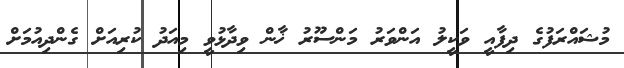
މުޝައްރަފުގެ ދިފާއީ ވަކީލު އަންވަރު މަންސޫރު ޚާން ވިދާޅުވީ މިއަދު ކުރިއަށް ގެންދިއުމަށް